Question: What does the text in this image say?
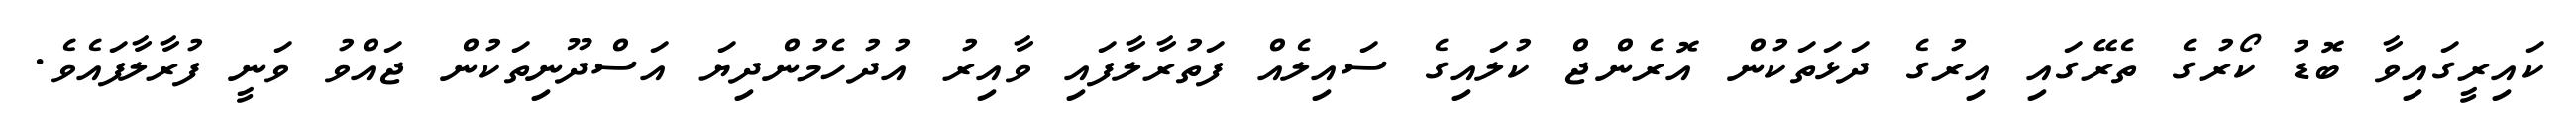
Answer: ކައިރީގައިވާ ބޮޑު ކޯރުގެ ތެރޭގައި އިރުގެ ދަޅަތަކުން އޮރެންޖް ކުލައިގެ ސައިލެއް ފަތުރާލާފައި ވާއިރު އުދުހެމުންދިޔަ އަސްދޫނިތަކުން ޖައްވު ވަނީ ފުރާލާފައެވެ.